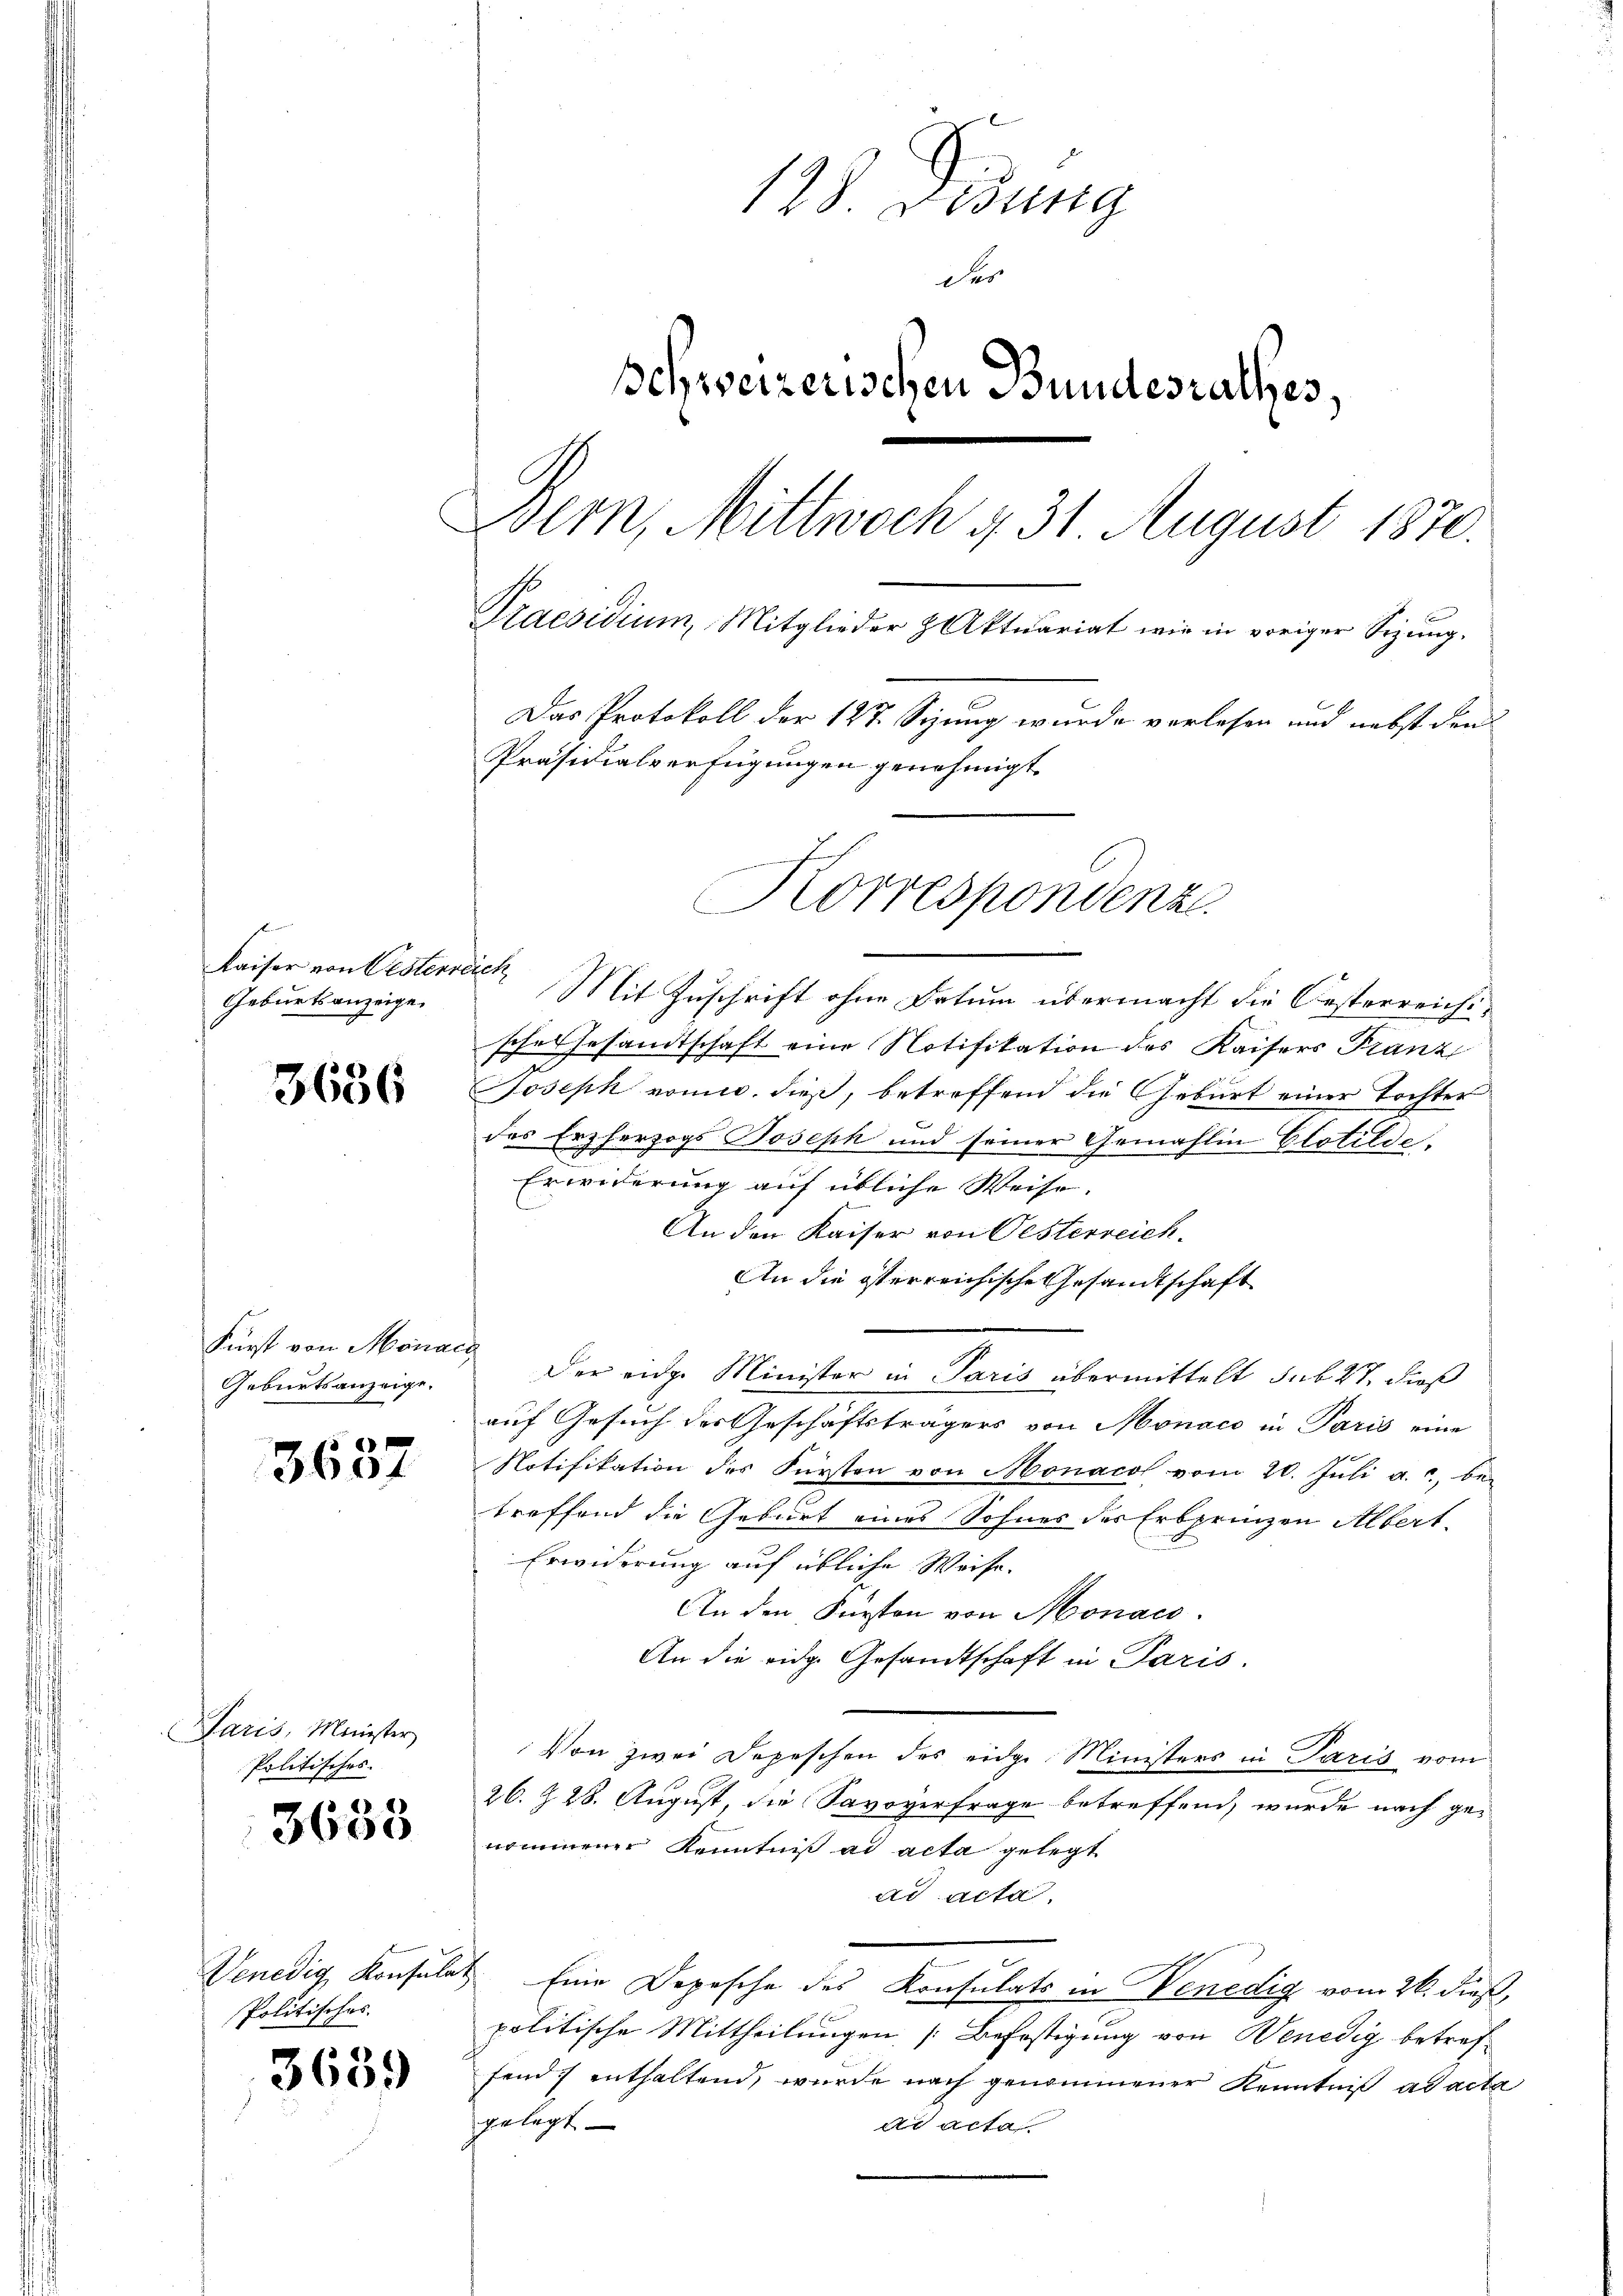
3636

6
3601

Paris, Minister
Politisches.

3633

Politisches.

3639

128 Dedung
des
schweizerischen Bundesrathes,
Bern, Mittwoch 4, 31 August 1870.
Praesidium Mitglieder Aktuariat wie in voriger Sitzung.
Das Protokoll der 127. Sizung wurde verlesen und nebst den
Präsidialverfügungen genehmigt.
Korrespondenz

Kaiser von Oesterr
Geburtsanzeige

Fürst von Monach
Geburtsanzeige.

eet
Mit Zuschrift ohne Datum übermacht die Oesterreichische Gesandtschaft eine Notifikation des Kaisers Franz
Joseph vomit dieß, betreffend die Geburt einer Tochter
des Erzherzogs Joseph und seiner Gemahlin Clotilde.
Erwiderung auf übliche Weise.
An den Kaiser von Oesterreich
An die iterreichische Gesandtschaft
Der eidge Minister in Paris übermittelt sub 27, dieß
auf Gesuch des Geschäftsträgers von Monaco in Paris eine
Notifikation des Fürsten von Monacol vom 20. Jŭli a. c. betreffend die Geburt eines Sohnes des Erbprinzen Albert.
Erwiderung auf übliche Weise.
An den Fürsten von Monacs.
An die eidg. Gesandtschaft in Paris.
Von zwei Depeschen des eidge Ministers in Paris vom
26. Z. 28. August, die Savoverfrage betreffend, wurde nach ge-
nommener Kenntniß ad acta gelegt
ad acta,
Venedig Konsulat Eine Depesche des Konsulats in Venedig vom 26. dieß,
u
politische Mittheilungen, [Befestigung von Wenedig betreffonds enthaltend, wurde nach genommener Kenntniß ad acta
gelegt
dr acta